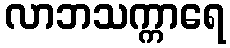
လာဘသက္ကာရေ